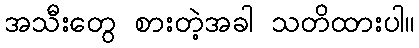
အသီးတွေ စားတဲ့အခါ သတိထားပါ။